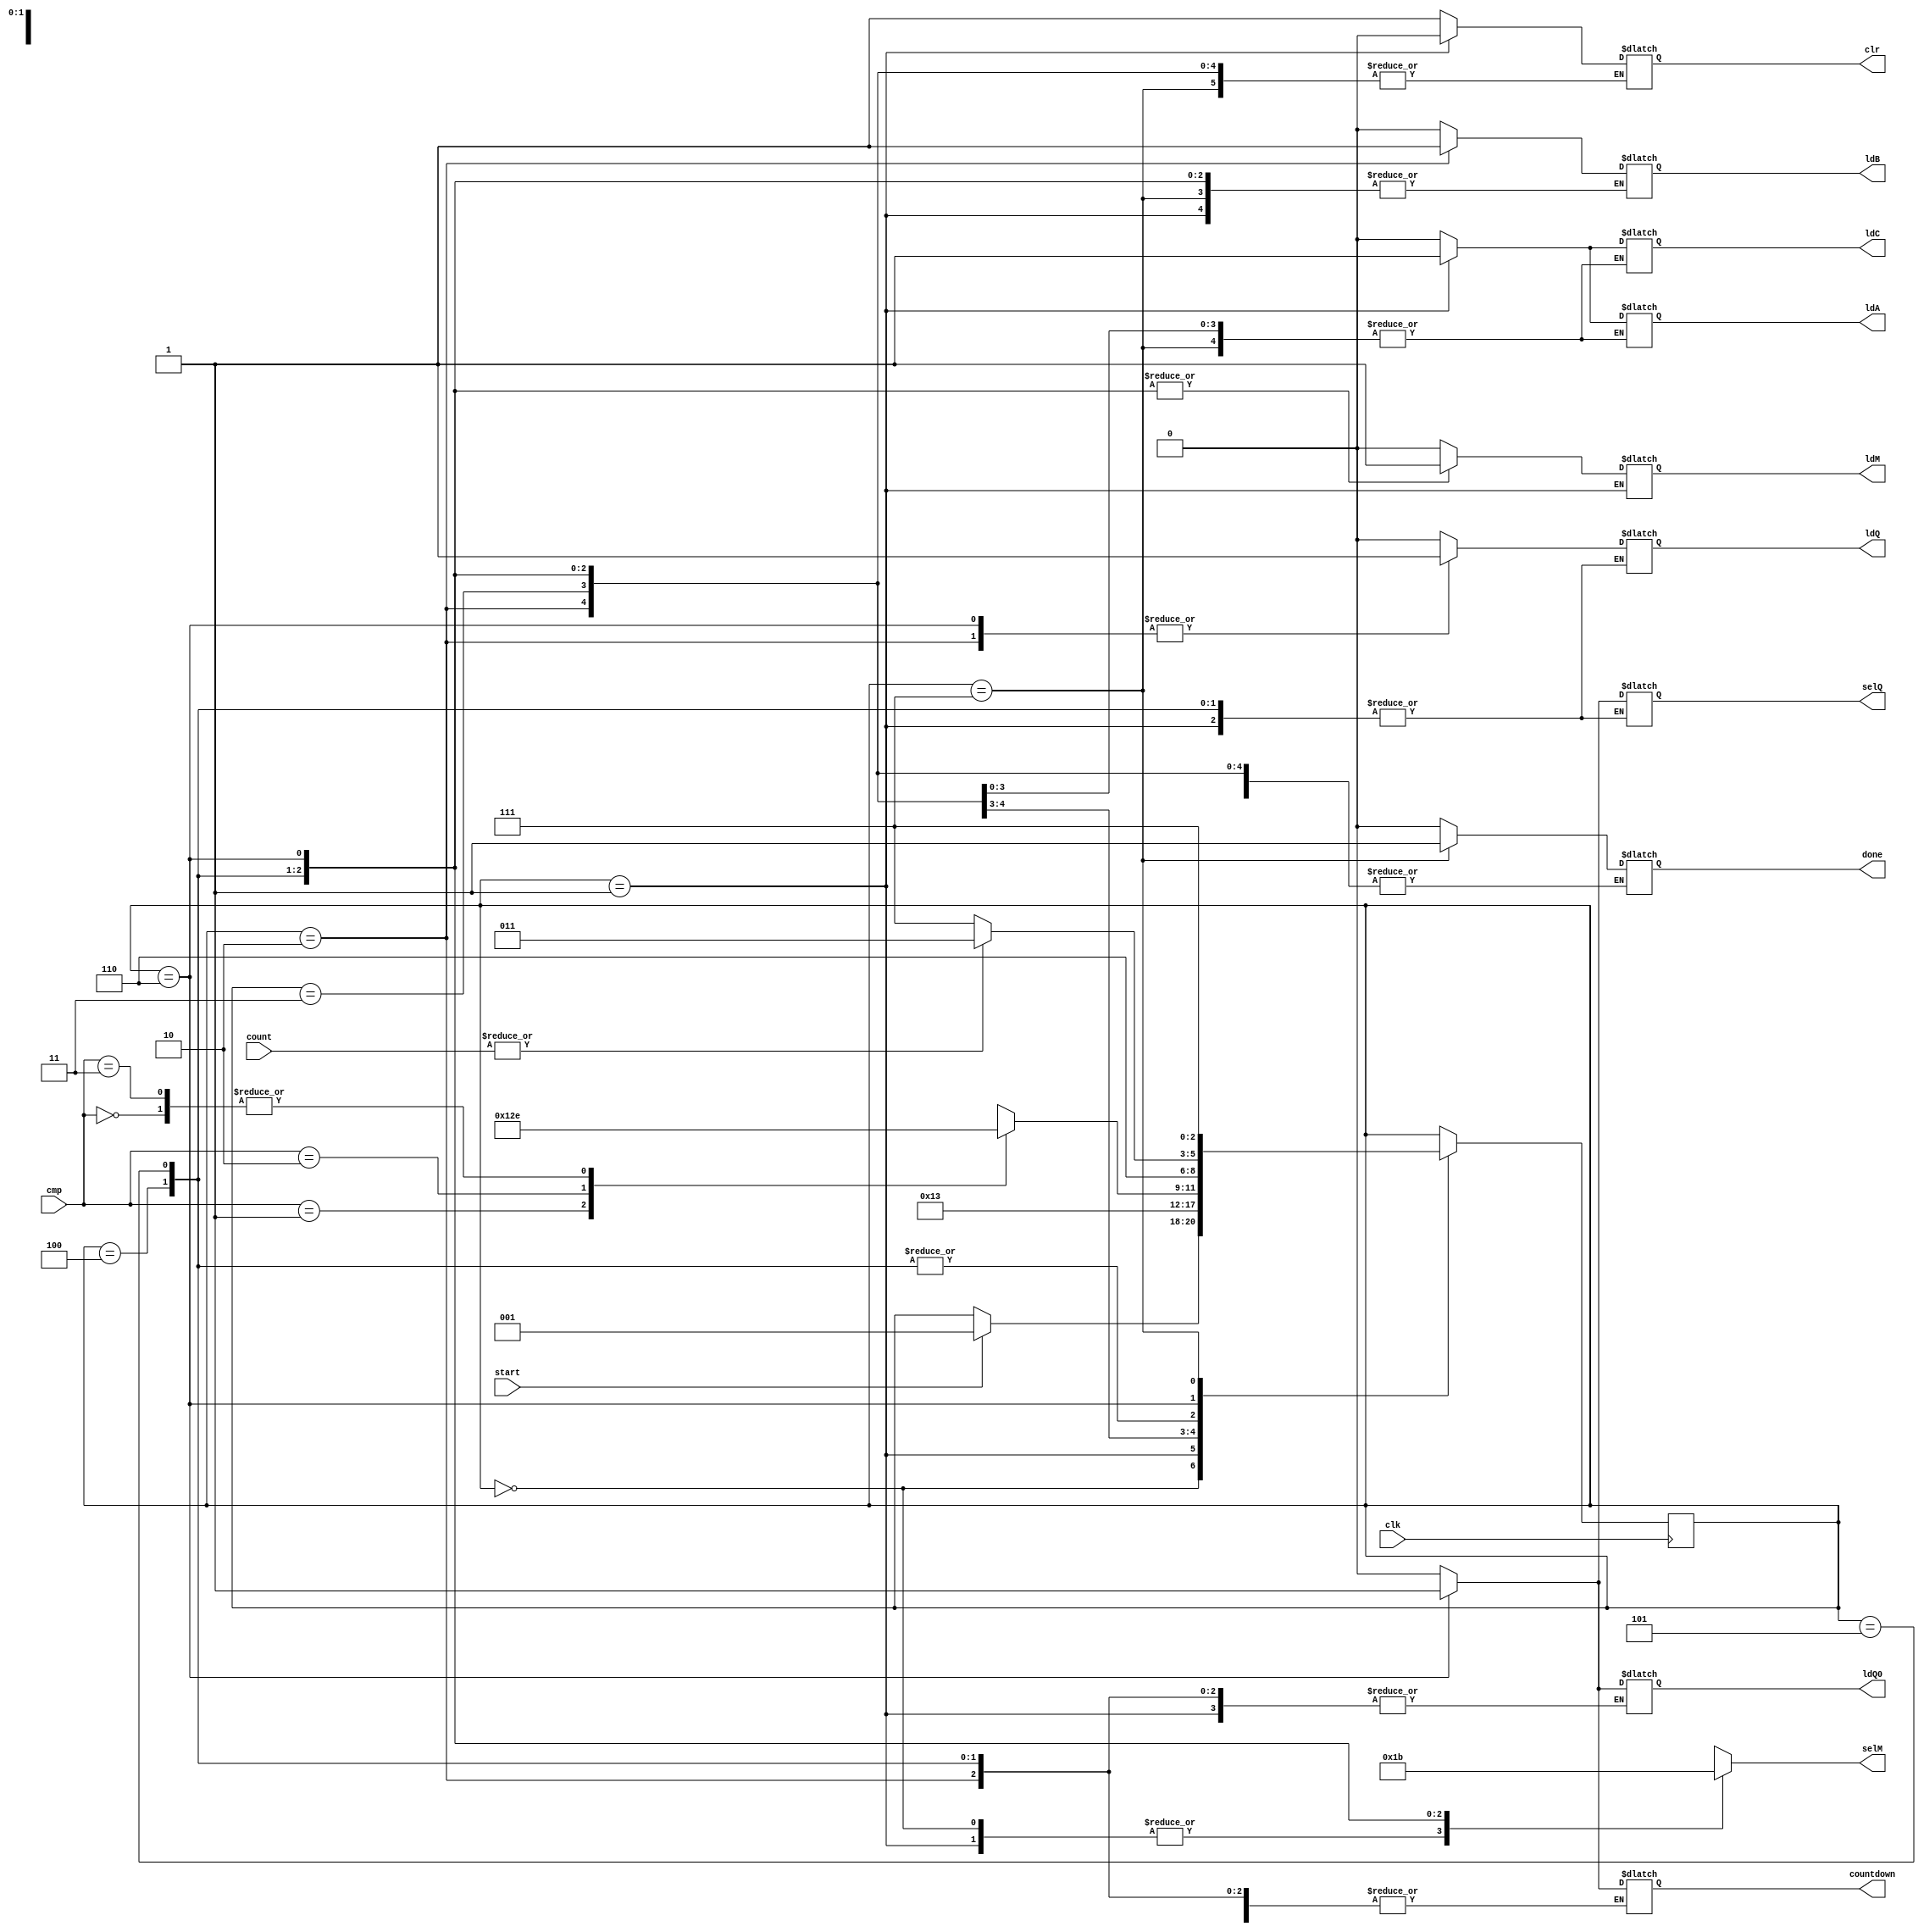
`timescale 1ns / 1ps
`define BIT 8

module BOOTH_controller (done, ldC, countdown, ldA, ldB, ldM, ldQ, ldQ0, selM, selQ, clr, start, count, cmp, clk);
	output reg done, ldC, countdown, ldA, ldB, ldM, ldQ, ldQ0, selQ, clr;
	output reg [1:0] selM;
	input start, clk;
	input [`BIT-1:0] count;
	input [1:0] cmp;
	reg [2:0] state;
	parameter s0=0, s1=1, s2=2, s3=3, s4=4, s5=5, s6=6, s7=7;
	
	always@(posedge clk) begin
		case(state)
			s0: #2 if(start) state<=s1;
			s1: #2 state<=s2;
			s2: #2 state<=s3;
			s3: begin 
					case(cmp)
						2'b00: #2 state<=s6;
						2'b01: #2 state<=s4;
						2'b10: #2 state<=s5;
						2'b11: #2 state<=s6;
					endcase
				end
			s4: #2 state<=s6;
			s5: #2 state<=s6;
			s6: #2 state<= (~|count) ? s7: s3;
			s7: #2 state<=s7;
			default: state<=s0;
		endcase
	end
	
	always@ (state) begin
		case(state)
			s0: begin done=0; clr=1; ldA=0; ldB=0; ldC=0; ldM=0; ldQ=0; ldQ0=0; selM=2'b00; selQ=1'bx; end
			s1: begin clr=0; ldA=1; ldC=1; selM=2'b00; end
			s2: begin ldA=0; ldC=0; selM=2'bx; ldM=0; ldB=1; selQ=0; ldQ=1; end
			s3: begin ldB=0; selQ=1'bx; ldQ=0; ldM=0; selM=2'bx; ldQ0=0; countdown=0; end
			s4: begin selM=2'b01; ldM=1; end
			s5: begin selM=2'b10; ldM=1; end
			s6: begin ldM=1; selM=2'b11; selQ=1; ldQ=1; ldQ0=1; countdown=1; end
			s7: begin ldM=0; selM=2'bxx; selQ=1'bx; ldQ=0; ldQ0=0; countdown=0; done=1; end
			default: begin clr=0; ldA=0; ldB=0; ldC=0; ldM=0; ldQ=0; ldQ0=0; selM=2'b0; selQ=1'bx; end
		endcase
	end

endmodule